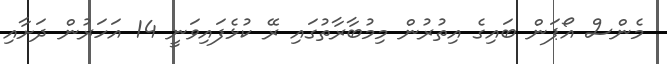
މެންސް އޯޕަން ބައިގެ އިތުރުން މިމުބާރާތުގައި ރޭ ކުޅެފައިވަނީ 14 އަހަރުން ދަށާއި